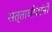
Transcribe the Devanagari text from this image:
सत्ताधीशांनी